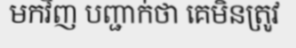
មកវិញ បញ្ជាក់ថា គេមិនត្រូវ